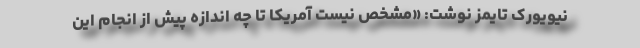
نیویورک تایمز نوشت: «مشخص نیست آمریکا تا چه اندازه پیش از انجام این